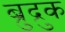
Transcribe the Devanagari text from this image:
ब्रुद्रुक